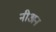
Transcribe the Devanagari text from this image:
नीअन